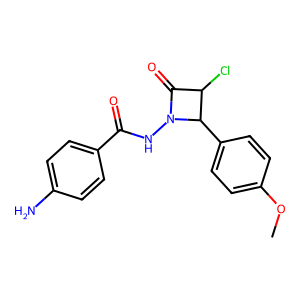
SMILES: COc1ccc(C2C(Cl)C(=O)N2NC(=O)c2ccc(N)cc2)cc1
Inhibits HIV replication: No